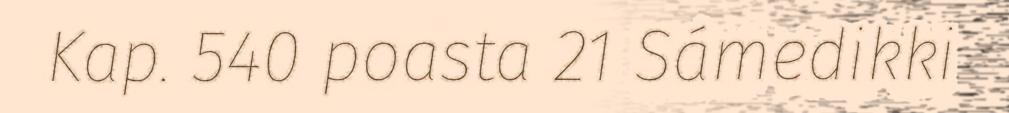
Kap. 540 poasta 21 Sámedikki